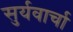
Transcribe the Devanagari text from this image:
सुर्यवार्चा